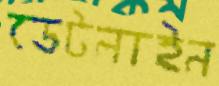
ডেটলাইন